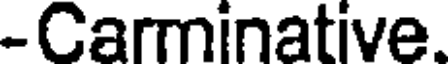
-Carminative.